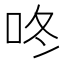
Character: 咚